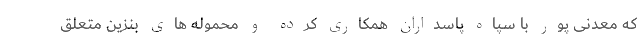
که معدنی پور با سپاه پاسداران همکاری کرده و محموله های بنزین متعلق